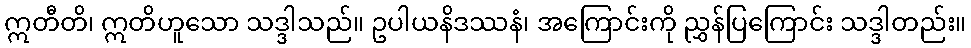
ဣတီတိ၊ ဣတိဟူသော သဒ္ဒါသည်။ ဥပါယနိဒဿနံ၊ အကြောင်းကို ညွှန်ပြကြောင်း သဒ္ဒါတည်း။